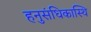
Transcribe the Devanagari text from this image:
हनुसंधिकास्थि